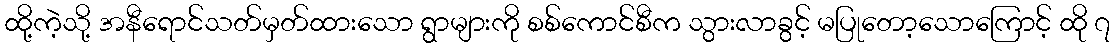
ထို့ကဲ့သို့ အနီရောင်သတ်မှတ်ထားသော ရွာများကို စစ်ကောင်စီက သွားလာခွင့် မပြုတော့သောကြောင့် ထို ၇